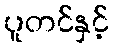
ပူတင်နှင့်